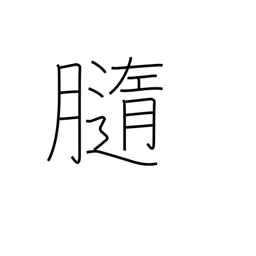
Meaning: pith